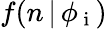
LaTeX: f(n\, |\, \phi_{\mathrm{~i~}})